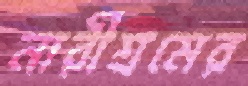
নারীশ্রমের